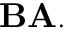
\mathbf { B A } .